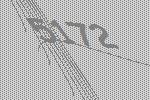
5172